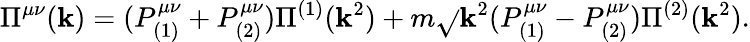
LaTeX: \Pi^{\mu\nu}(\mathbf{k})=(P_{(1)}^{\mu\nu}+P_{(2)}^{\mu\nu})\Pi^{(1)}(\mathbf{k}^{2})+m\sqrt{}{{\mathbf{k}^{2}}}(P_{(1)}^{\mu\nu}-P_{(2)}^{\mu\nu})\Pi^{(2)}(\mathbf{k}^{2}).